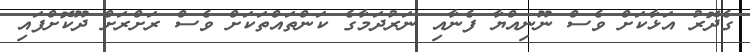
ގެދޮރު އަޅާކަށް ވެސް ނޫނިއްޔާ ފެނާއި ނަރުދަމާގެ ކަންތައްތަކަށް ވެސް ރަށްރަށް ދޫކޮށްފައި